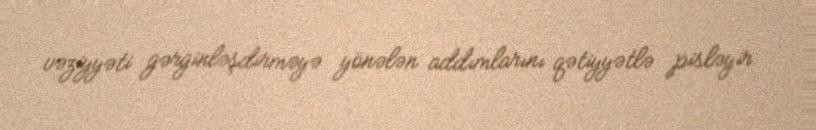
vəziyyəti gərginləşdirməyə yönələn addımlarını qətiyyətlə pisləyir.